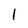
Character: 1